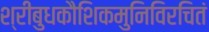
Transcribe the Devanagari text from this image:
श्रीबुधकौशिकमुनिविरचितं